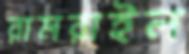
রামরাইল